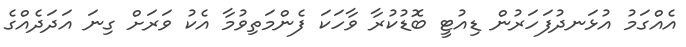
އެއްގަމު އުޅަނދުފަހަރުން ޑިއުޓީ ބޮޑުކުރާ ވާހަކަ ފެންމަތިވުމާ އެކު ވަރަށް ގިނަ އަދަދެއްގެ